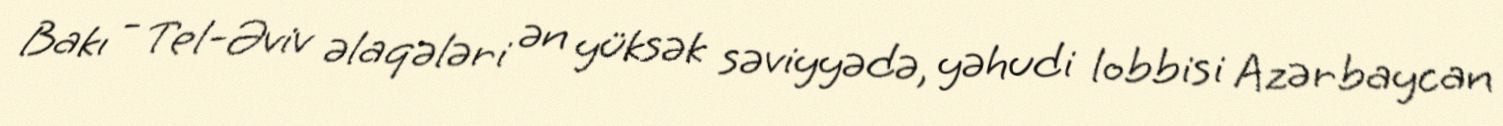
Bakı - Tel-Əviv əlaqələri ən yüksək səviyyədə, yəhudi lobbisi Azərbaycan